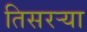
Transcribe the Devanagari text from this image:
तिसरऱ्या